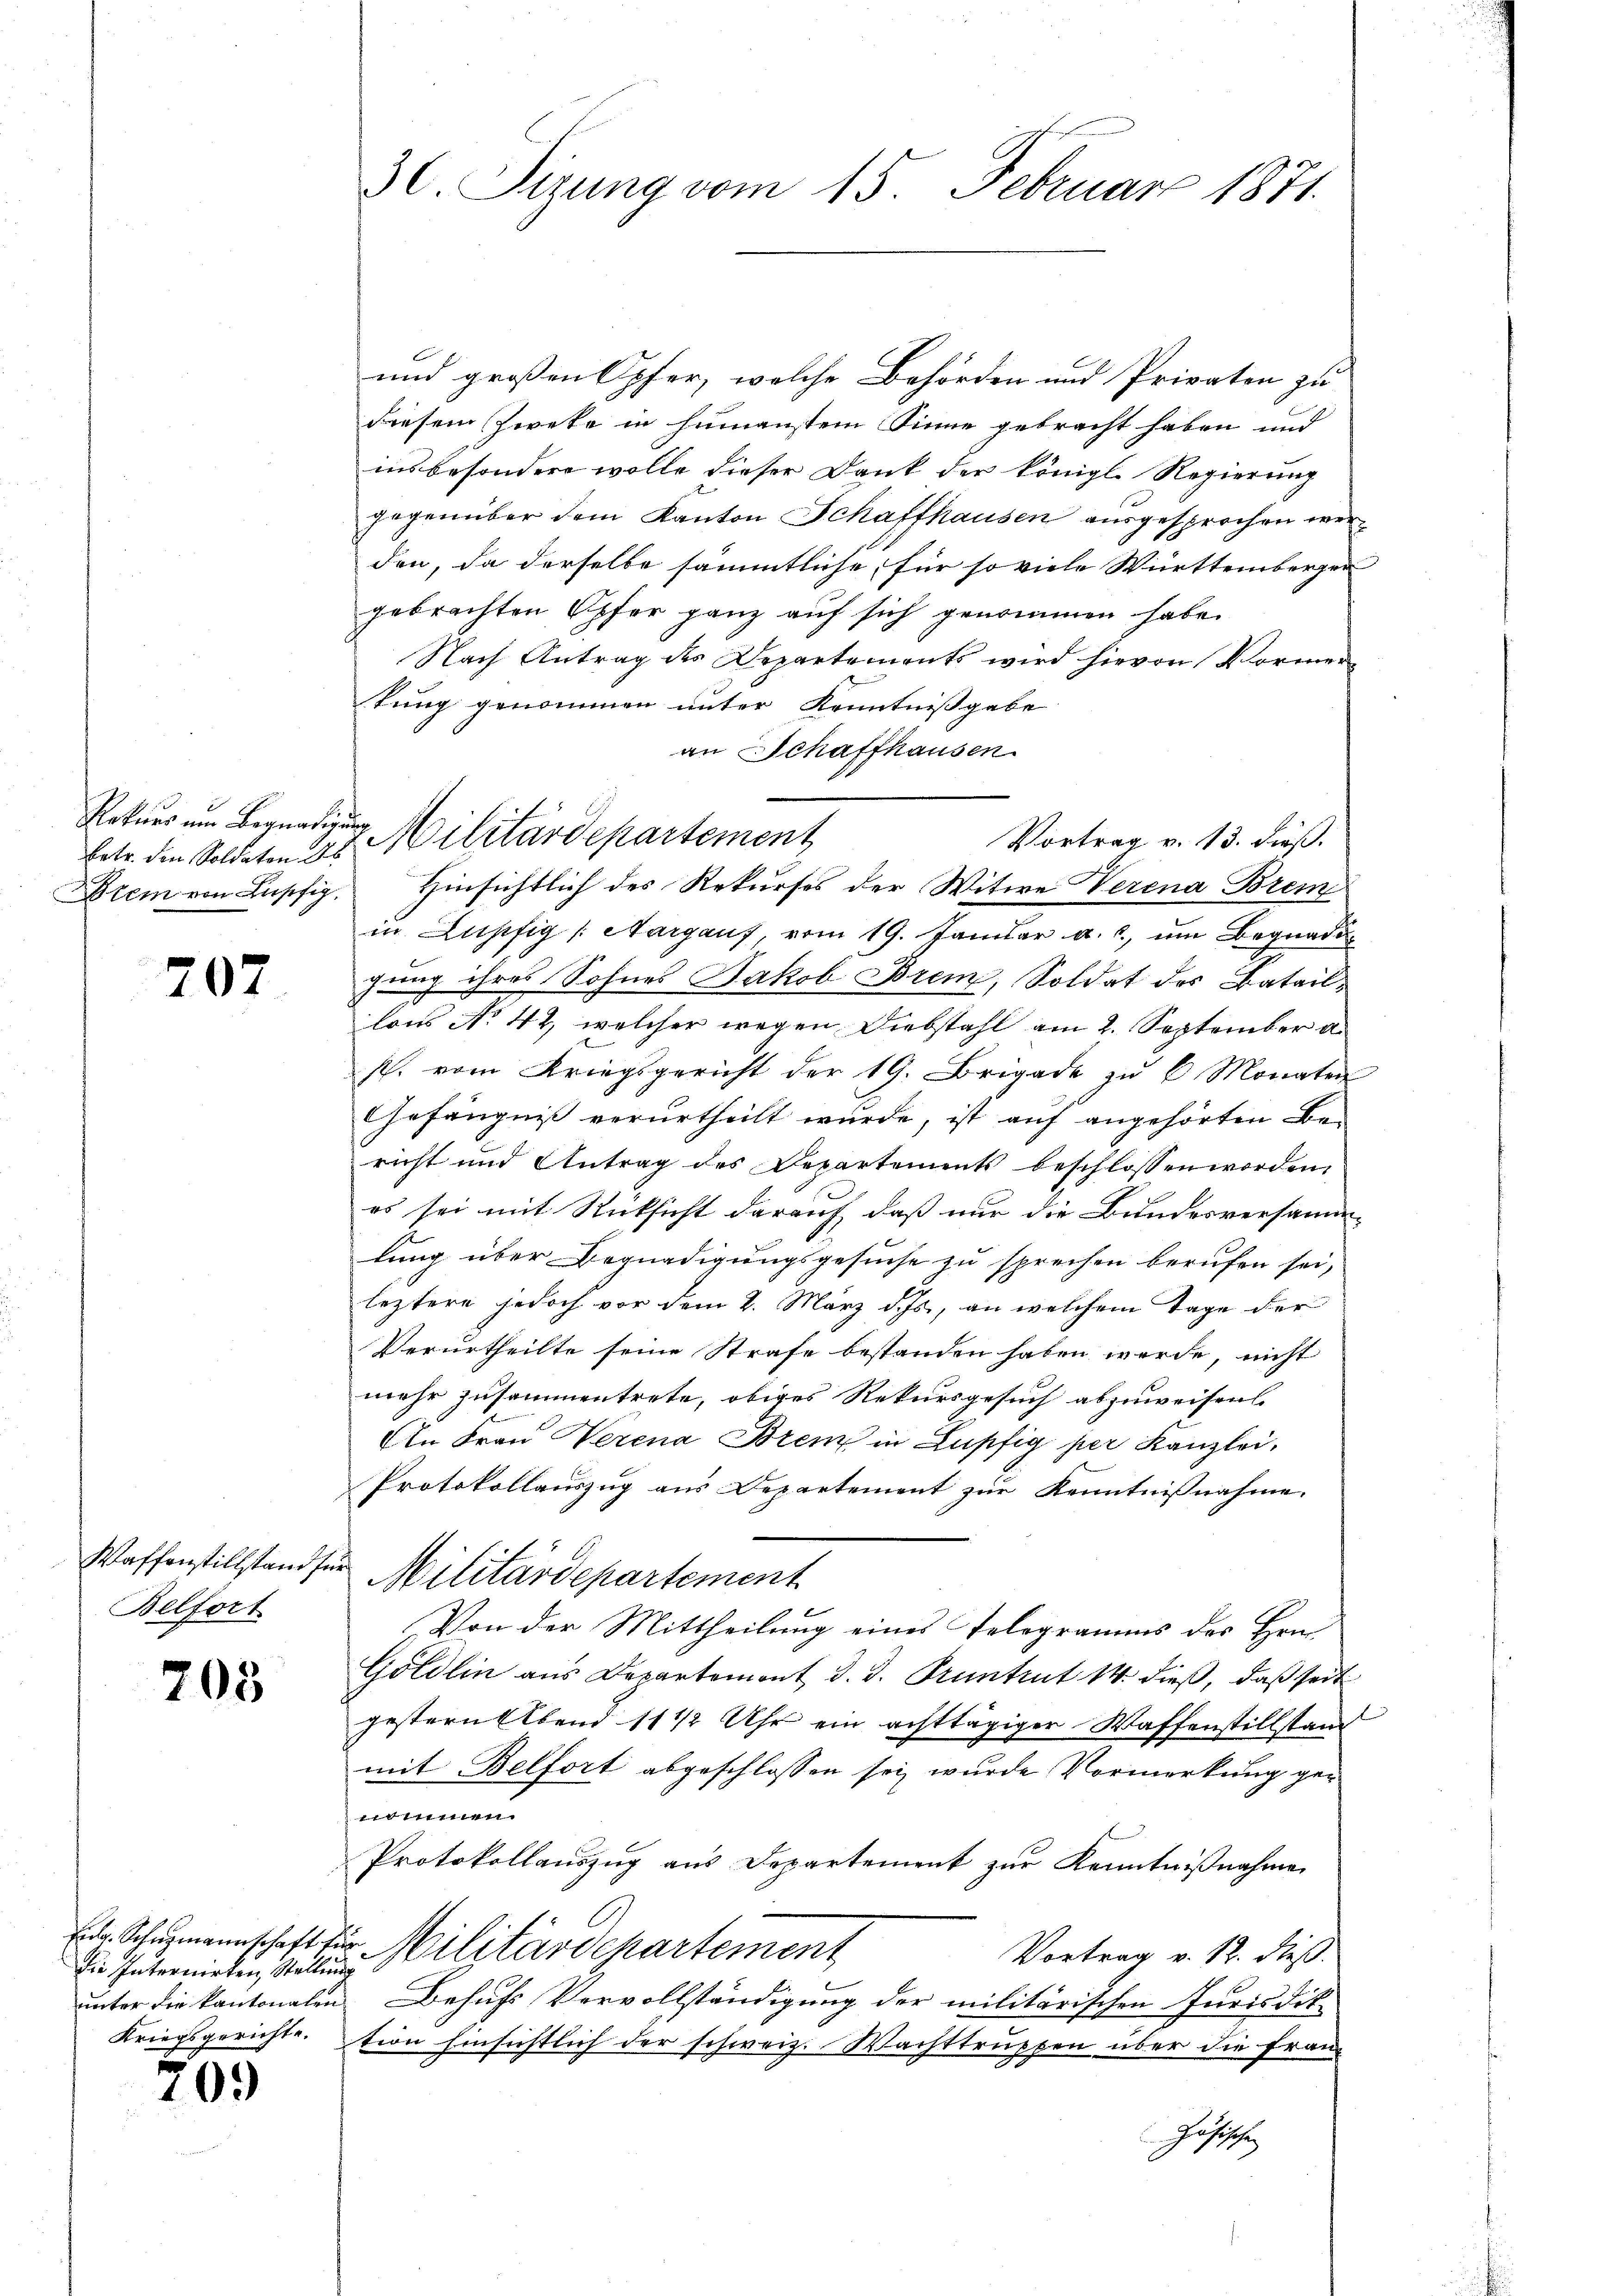
Rekurs um Begnadigung
betr. die Soldaten des
Atem von Lupfig,

707

Waffenstillstand für
Belfort

205

Die Internirten, Stellung
Kriegsgerichte.

709

3l Sizung vom 15. Februar 1871.

und großen Opfer, welche Behörden und Privaten zu
diesem Zweke in himmenstem Sinne gebracht haben und
insbesondere wolle dieser Dank der königl. Regierung
gegenüber dem Kanton Schaffhausen ausgesprochen werden, da derselbe sämmtliche, für so viele Württembergen
gebrachten Opfer ganz auf sich genommen habe.
Nach Antrag des Departements wird hievon Vormer
tung genommen unter Kenntnissgabe
an Schaffhausen.
in Lupfig Nargauf, vom 19. Januar a. c. um Begnadigung ihres Sohnes Jakob Brem, Soldat des Bataillons No 44, welcher wegen Diebstahl am 2. September a
s. vom Kriegsgericht der 19. Brigade zŭ 6 Monaten
Gefängnis verurtheilt wurde, ist auf angehörten Be-
richt und Antrag des Departements beschlossen worden,
es sei mit Rücksicht darauf, daß nur die Bundesversamm-
lung über Begnadigungsgesuche zu sprechen berufen sei,
leztere jedoch vor dem 2. März d. Js., an welchem Tage der
Verurtheilte seine Strafe bestanden haben werde, nicht
mehr zusammentrete, obiges Rekursgesuch abzuweisen.
An Frau Herena Brem in Lupfig per Kanzlei,
Protokollauszug aus Departement zur Kenntnißnahme.
Militärdepartement
Von der Mittheilung eines Telegramms des Hrn.
Göldlin aus Departemont d. d. Pruntrut 14 dieß, daß seit
gestern Abend 11 1/2 Uhr ein achttägiger Waffenstillstand
mit Belfort abgeschlossen sei, wurde Vormerkung gec
Protokollauszug aus Departement zur Kenntnißnahme
Ed. Schŭhmannschaft für Militärdepartement
Vortrag v. 12. dieß.
unter die kantonalen Behufs Vervollständigung der militärischen Jurisdik-
tion hinsichtlich der schweiz. Wachttruppen über die Franz
Josche

Militärdepartement
Vortrag v. 13. dieß.
Hinsichtlich des Rekurses der Witwe Verena Brem